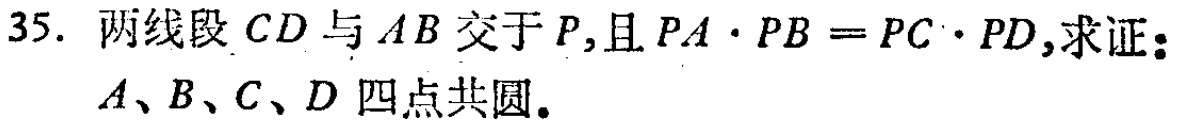
35. 两线段 \(CD\) 与 \(AB\) 交于 \(P\),且 \(PA\cdot PB = PC\cdot PD\),求证：\(A、B、C、D\) 四点共圆。